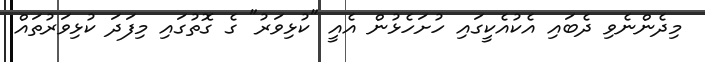
މިދެންނެވި ދެބައި އެކުއެކީގައި ހުށަހެޅުން އެއީ "ކުޅިވަރު" ގެ ގޮތުގައި މިފަދަ ކުޅިވަރުތައް